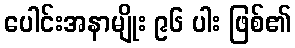
ပေါင်းအနာမျိုး ၉၆ ပါး ဖြစ်၏